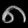
Digit: ၈